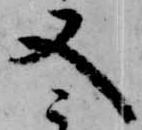
又